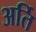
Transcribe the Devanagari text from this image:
अर्ति